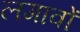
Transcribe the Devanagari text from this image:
लगावों